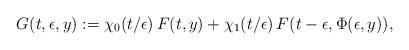
LaTeX: \begin{align*}G(t,\epsilon,y):=\chi_0(t/\epsilon)\,F(t,y)+\chi_1(t/\epsilon)\,F(t-\epsilon,\Phi(\epsilon,y)),\end{align*}